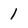
Character: 1